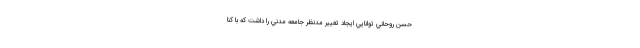
حسن روحاني توانايي ايجاد تغيير مدنظر جامعه مدني را داشت كه با كنا